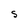
Character: S